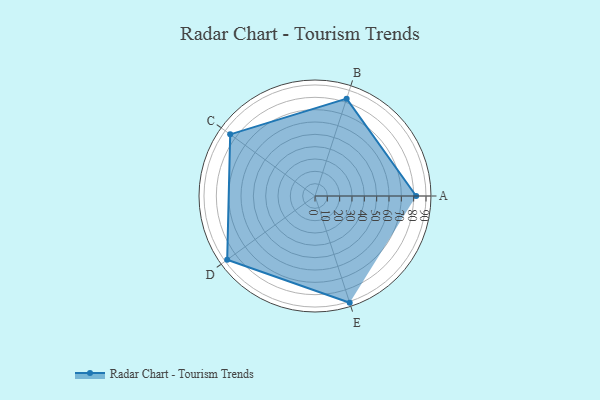
{"axis": {"x": "Skill", "y": "Score"}, "legend": ["Profile"], "data": [{"x": "A", "y": 82.0, "type": "Profile"}, {"x": "B", "y": 83.0, "type": "Profile"}, {"x": "C", "y": 85.0, "type": "Profile"}, {"x": "D", "y": 88.0, "type": "Profile"}, {"x": "E", "y": 91.0, "type": "Profile"}]}